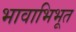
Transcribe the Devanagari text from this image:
भावाभिभूत